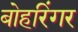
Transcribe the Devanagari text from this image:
बोहरिंगर